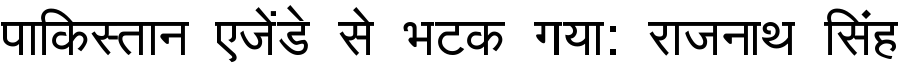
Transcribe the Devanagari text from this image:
पाकिस्तान एजेंडे से भटक गया: राजनाथ सिंह